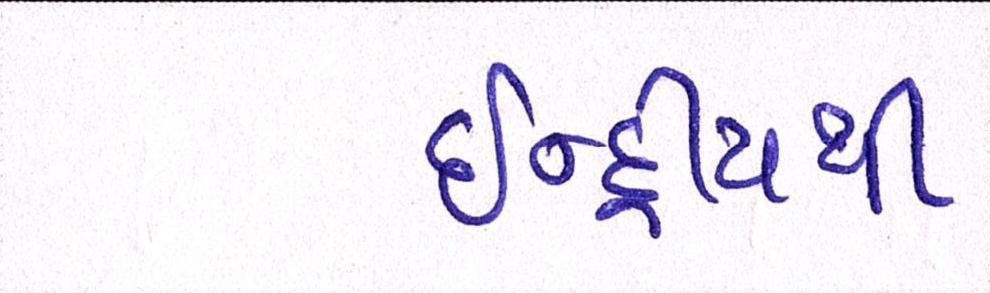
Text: ઇન્દ્રીયથી